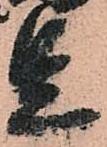
足